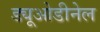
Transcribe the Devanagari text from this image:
ड्यूओडीनेल